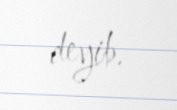
deyib.